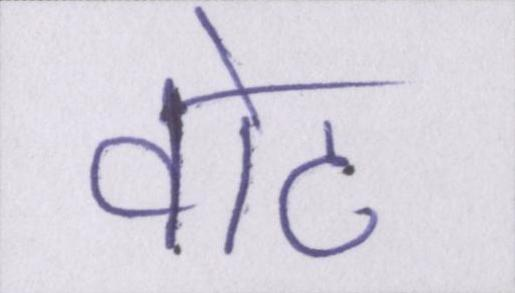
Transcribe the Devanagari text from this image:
वोट